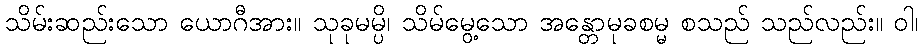
သိမ်းဆည်းသော ယောဂီအား။ သုခုမမ္ပိ၊ သိမ်မွေ့သော အန္တောမုခစမ္မ စသည် သည်လည်း။ ဝါ၊